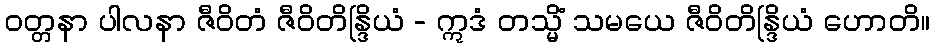
ဝတ္တနာ ပါလနာ ဇီဝိတံ ဇီဝိတိန္ဒြိယံ - ဣဒံ တသ္မိံ သမယေ ဇီဝိတိန္ဒြိယံ ဟောတိ။